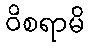
ဝိစရာမိ